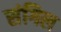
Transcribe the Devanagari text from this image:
संगिल